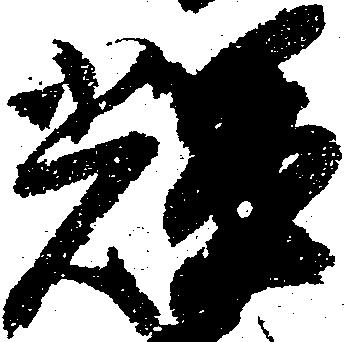
輝